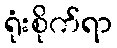
ရုံးစိုက်ရာ